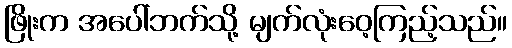
ဖြိုးက အပေါ်ဘက်သို့ မျက်လုံးဝေ့ကြည့်သည်။